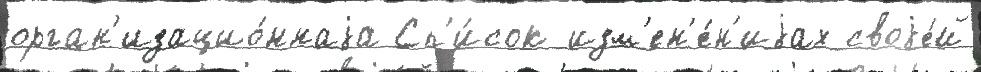
орган'изацио́ннаjа Сп'и́сок изм'ен'е́н'иjах своjе́й